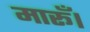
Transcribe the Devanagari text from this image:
मारूँ।